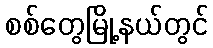
စစ်တွေမြို့နယ်တွင်